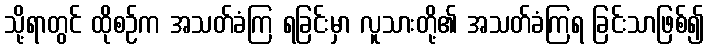
သို့ရာတွင် ထိုစဉ်က အသတ်ခံကြ ရခြင်းမှာ လူသားတို့၏ အသတ်ခံကြရ ခြင်းသာဖြစ်၍